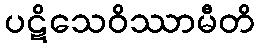
ပဋိသေဝိဿာမီတိ